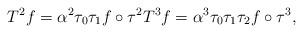
LaTeX: \begin{align*}T^2 f = \alpha^2 \tau_0 \tau_1 f\circ\tau^2 T^3f = \alpha^3 \tau_0 \tau_1 \tau_2 f\circ\tau^3,\end{align*}